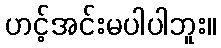
ဟင့်အင်းမပါပါဘူး။